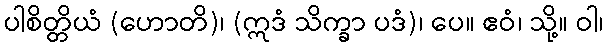
ပါစိတ္တိယံ (ဟောတိ)၊ (ဣဒံ သိက္ခာ ပဒံ)၊ ပေ။ ဧဝံ၊ သို့။ ဝါ၊